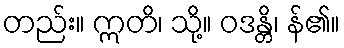
တည်း။ ဣတိ၊ သို့။ ဝဒန္တိ၊ န်၏။